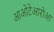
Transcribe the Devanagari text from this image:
आओटेआरोआ